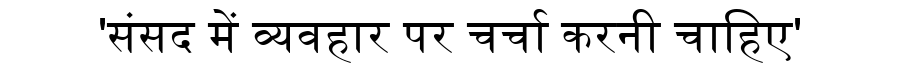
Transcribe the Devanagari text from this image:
'संसद में व्यवहार पर चर्चा करनी चाहिए'